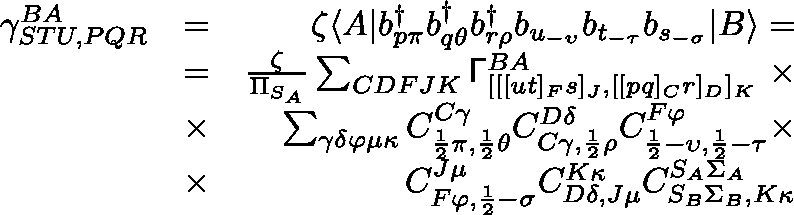
\begin{array} { r l r } { \gamma _ { S T U , P Q R } ^ { B A } } & { = } & { \zeta \langle A | b _ { p \pi } ^ { \dagger } b _ { q \theta } ^ { \dagger } b _ { r \rho } ^ { \dagger } b _ { u _ { - \upsilon } } b _ { t _ { - \tau } } b _ { s _ { - \sigma } } | B \rangle = } \\ & { = } & { \frac { \zeta } { \Pi _ { S _ { A } } } \sum _ { C D F J K } \mathsf { \Gamma } _ { [ [ [ u t ] _ { F } s ] _ { J } , [ [ p q ] _ { C } r ] _ { D } ] _ { K } } ^ { B A } \, \, \times } \\ & { \times } & { \sum _ { \gamma \delta \varphi \mu \kappa } C _ { \frac { 1 } { 2 } \pi , \frac { 1 } { 2 } \theta } ^ { C \gamma } C _ { C \gamma , \frac { 1 } { 2 } \rho } ^ { D \delta } C _ { \frac { 1 } { 2 } - \upsilon , \frac { 1 } { 2 } - \tau } ^ { F \varphi } \times } \\ & { \times } & { C _ { F \varphi , \frac { 1 } { 2 } - \sigma } ^ { J \mu } C _ { D \delta , J \mu } ^ { K \kappa } C _ { S _ { B } \Sigma _ { B } , K \kappa } ^ { S _ { A } \Sigma _ { A } } } \end{array}